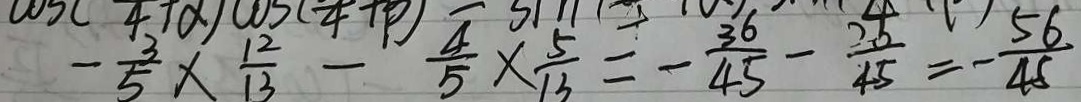
- \frac { 3 } { 5 } \times \frac { 1 2 } { 1 3 } - \frac { 4 } { 5 } \times \frac { 5 } { 1 3 } = - \frac { 3 6 } { 4 5 } - \frac { 2 0 } { 4 5 } = - \frac { 5 6 } { 4 5 }